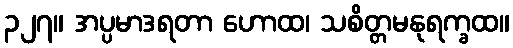
၃၂၇။ အပ္ပမာဒရတာ ဟောထ၊ သစိတ္တမနုရက္ခထ။